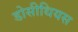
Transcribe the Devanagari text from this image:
डोसीथियस